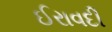
ઈરાવદી